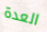
العدة